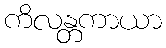
ကိလန္တကာယာ